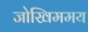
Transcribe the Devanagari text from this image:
जोखिममय